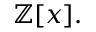
\mathbb { Z } [ x ] .